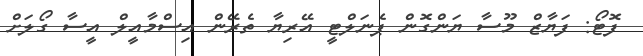
ފޮޓޯ: ފަޔާޒް މޫސާ ޔަންގޮން ޕެނަލްޓީ އޭރިޔާ ތެރޭން އިސްމާއީލް އީސާ ގޯލަށް